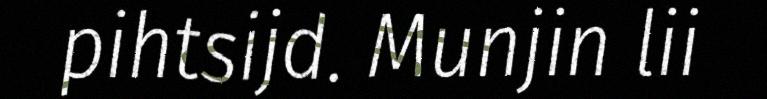
pihtsijd. Munjin lii